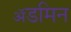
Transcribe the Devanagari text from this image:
ॲडमिन